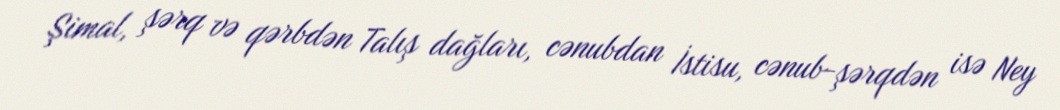
Şimal, şərq və qərbdən Talış dağları, cənubdan İstisu, cənub-şərqdən isə Ney